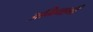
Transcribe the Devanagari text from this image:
अभिगामी